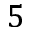
5